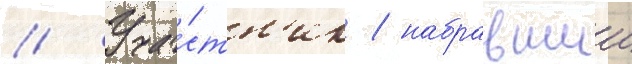
// Уча́стн'ик / набравшии